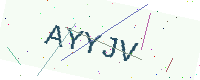
Text: AYYJV